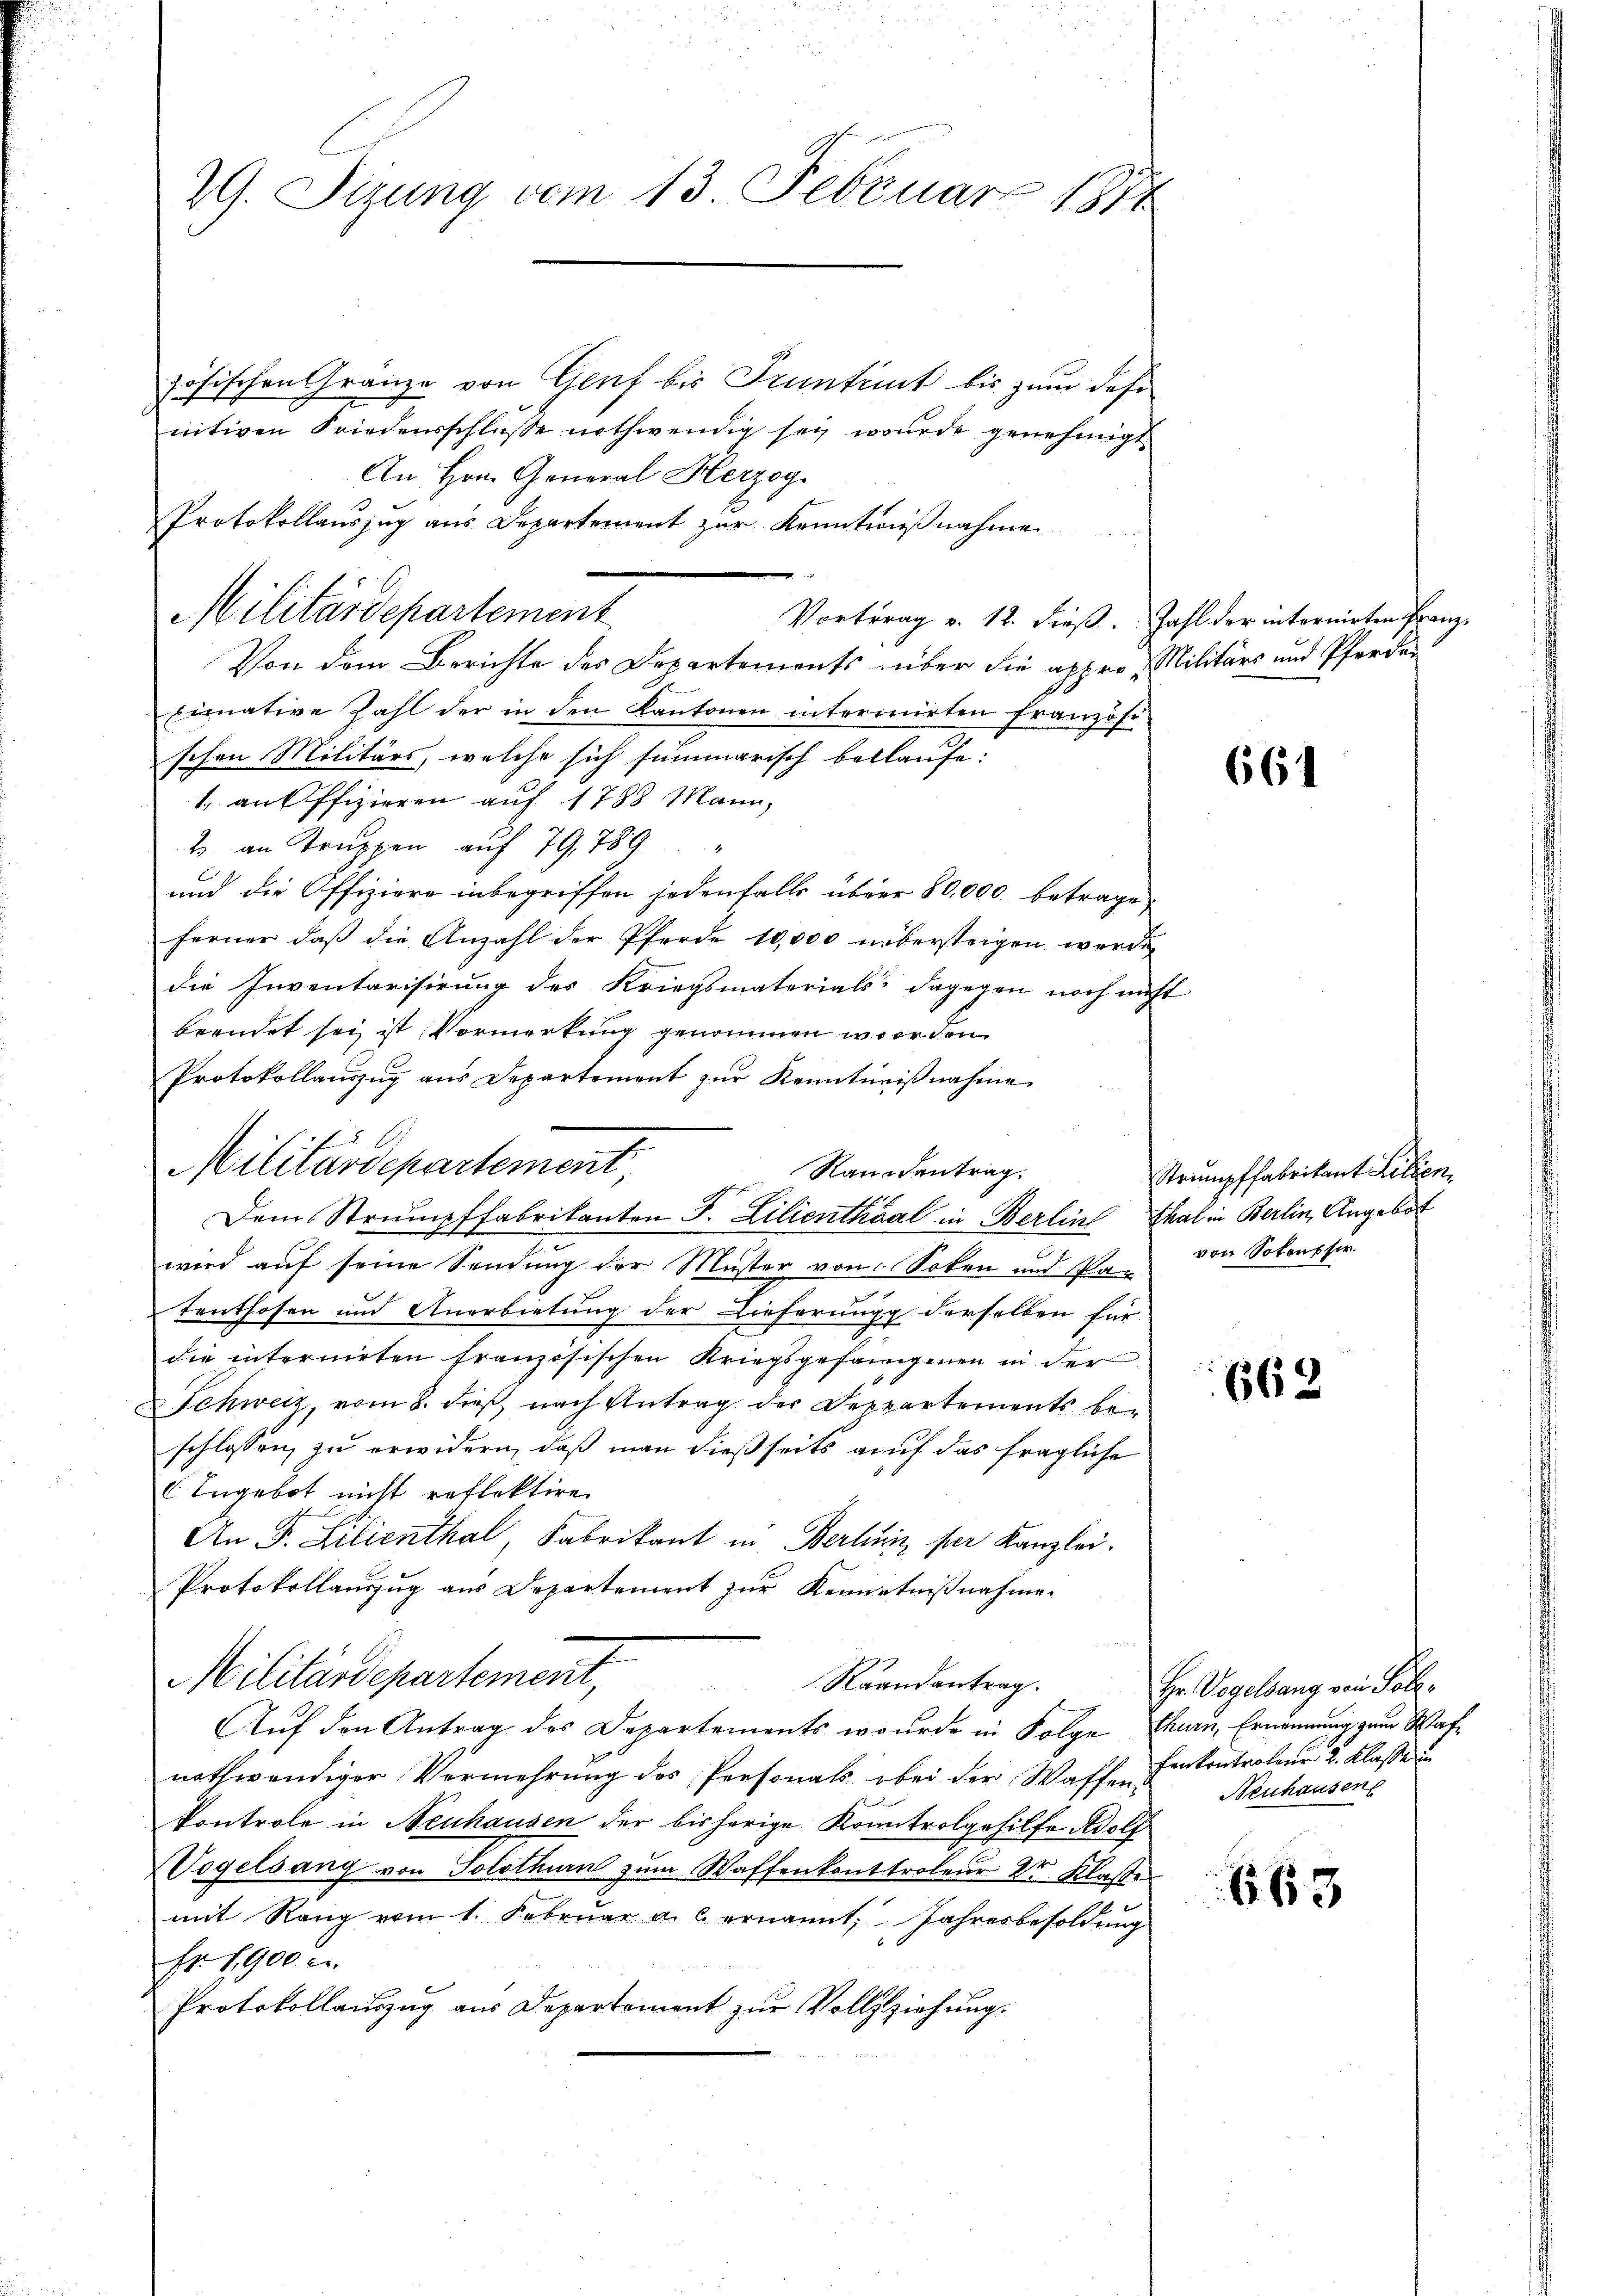
29. Sizung vom 13. Februar 184

zösischen Gränze von Genf bis Truntrut bis zum des
nitiven Friedensschlüsse nothwendig sei wurde genehmigt
An Hrn. General Herzog
Protokollauszug aus Departement zur Kenntnißnahme

Militärdepartement
Vortrag v. 12. dieβ. Zahl der internirten Franz-

Von dem Berichte des Departements über die appro Militärs und Pferden
binative Zahl der in den Kantonen interiirten französi-
schen Militärs, welche sich summarisch bellaufe.
1. an Offizieren auf 1788 Mann,
2 an Truppen auf 79, 789
und die Offiziere inbegriffen jedenfalls über 80,000 betrage,
ferner, daß die Anzahl der Pferde 10,000 übersteigen werde
die Inventarisirung des Kriegsmaterials dagegen noch nicht
brendet sei ist Vormerkung genommen worden.
Protokollauszug aus Departement zur Kenntnißnahme

Militärdepartement,
v. Randantrag.
Dem Strumpffabrikanten J. Lilienthal in Berline Thal in Berlin, Angebot

wird auf seine Sendung der Muster von Soken und kan von Sokonpfer.
Teuthofen und Anerbietung der Lieferung derselben für
die internirten Französischen Kriegsgefangenen in der
Schweiz, vom 8. dieß, nach Antrag der Deppartements beschlossen, zu erwidern, daß man dießseits auf das fragliche
C Ingebot nicht reflektire
An F. Lilienthal, Fabrikant in Berlin per Kanzlei.
Protokollauszug aus Departement zur Kenntnißnahme.
Militärdepartement,
Raandantrag.
1
Auf den Antrag des Departements wurde in Folge thurn, Ernennung zum Wafnothwendiger Vermehrŭng des Personals bei der Waffen-
kontrole in Neuhausen der bisherige Kontrolgehilfe Adolf
Vogelsang von Solothurn zum Waffenkonttroleur 2r Klasse
mit Rang vom 1. Februar a. c. ernannt: Jahresbesoldung
Fr. 1900 c.
Protokollauszug aus Departement zur Vollziehung.

664

Strumpffabritant Lilien

662

663

Hr. Vogelsang von Poli¬
Fenkontroleur 2. Klasse un
Neuhausen